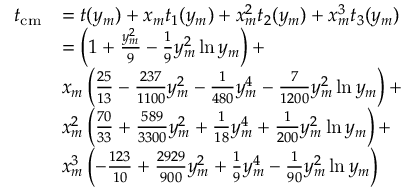
\begin{array} { r l } { t _ { \mathrm { c m } } } & { = t ( y _ { m } ) + x _ { m } t _ { 1 } ( y _ { m } ) + x _ { m } ^ { 2 } t _ { 2 } ( y _ { m } ) + x _ { m } ^ { 3 } t _ { 3 } ( y _ { m } ) } \\ & { = \left( 1 + \frac { y _ { m } ^ { 2 } } { 9 } - \frac { 1 } { 9 } y _ { m } ^ { 2 } \ln y _ { m } \right) + } \\ & { x _ { m } \left( \frac { 2 5 } { 1 3 } - \frac { 2 3 7 } { 1 1 0 0 } y _ { m } ^ { 2 } - \frac { 1 } { 4 8 0 } y _ { m } ^ { 4 } - \frac { 7 } { 1 2 0 0 } y _ { m } ^ { 2 } \ln y _ { m } \right) + } \\ & { x _ { m } ^ { 2 } \left( \frac { 7 0 } { 3 3 } + \frac { 5 8 9 } { 3 3 0 0 } y _ { m } ^ { 2 } + \frac { 1 } { 1 8 } y _ { m } ^ { 4 } + \frac { 1 } { 2 0 0 } y _ { m } ^ { 2 } \ln y _ { m } \right) + } \\ & { x _ { m } ^ { 3 } \left( - \frac { 1 2 3 } { 1 0 } + \frac { 2 9 2 9 } { 9 0 0 } y _ { m } ^ { 2 } + \frac { 1 } { 9 } y _ { m } ^ { 4 } - \frac { 1 } { 9 0 } y _ { m } ^ { 2 } \ln y _ { m } \right) } \end{array}